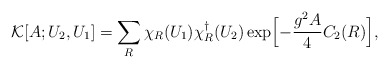
\begin{align*}{\cal K}[A;U_2,U_1]=\sum_R\chi_R(U_1)\chi_R^{\dagger}(U_2)\exp\Bigl[-\frac{g^2 A}{4}C_2(R)\Bigr],\end{align*}